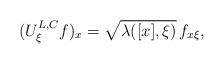
LaTeX: \begin{align*}(U^{L, C}_{\xi} f)_x = \sqrt{\lambda ([x], \xi)} \, f_{x \xi},\end{align*}